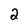
Character: 2